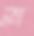
স্ল